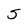
Character: 5